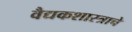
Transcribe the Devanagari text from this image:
वैद्यकशास्त्राचे